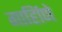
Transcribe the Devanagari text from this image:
गार्हािणे